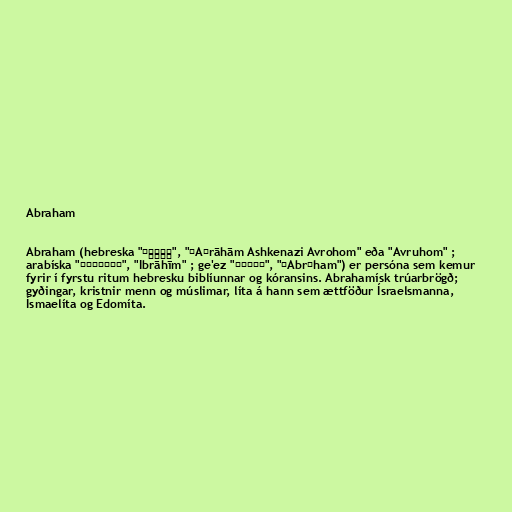
Abraham

Abraham (hebreska "אַבְרָהָם", "ʾAḇrāhām Ashkenazi Avrohom" eða "Avruhom" ;
arabíska "ابراهيم‎", "Ibrāhīm" ; ge'ez "አብርሃም", "ʾAbrəham") er persóna sem kemur
fyrir í fyrstu ritum hebresku biblíunnar og kóransins. Abrahamísk trúarbrögð;
gyðingar, kristnir menn og múslimar, líta á hann sem ættföður Ísraelsmanna,
Ísmaelíta og Edomíta.